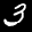
Label: 3